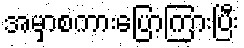
အမှာစကားပြောကြားပြီး